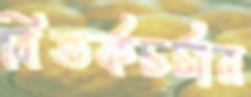
বিতর্কচর্চার